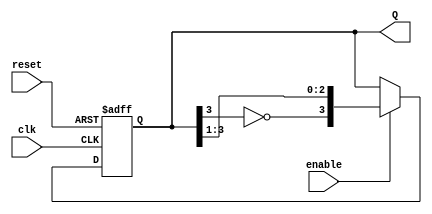
module JohnsonCounter #(
    parameter N = 4  // Number of flip-flops
)(
    input wire clk,     // Clock input
    input wire reset,   // Asynchronous reset
    input wire enable,  // Enable signal
    output reg [N-1:0] Q // Output state
);

    // Internal signal for feedback
    wire feedback;

    // Feedback is the inverted output of the last flip-flop
    assign feedback = ~Q[N-1];

    always @(posedge clk or posedge reset) begin
        if (reset) begin
            // Asynchronous reset
            Q <= {N{1'b0}};
        end else if (enable) begin
            // Johnson Counter logic
            Q <= {feedback, Q[N-1:1]};
        end
    end

endmodule